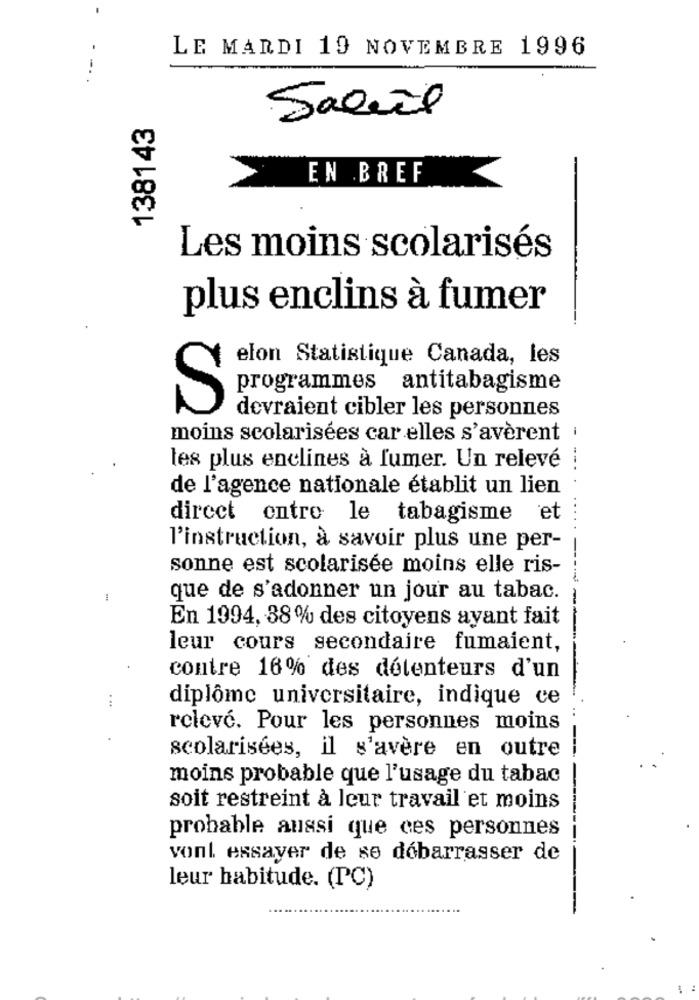
LE MARDI 19 NOVEMBRE 1996
138143
Saleil
EN BREF
Les moins scolarisés
plus enclins à fumer
elon Statistique Canada, les
programmes antitabagisme
S
devraient cibler les personnes
moins scolarisées car elles s'avèrent .
les plus enclines à fumer. Un relevé
de l'agence nationale établit un lien
direct entre le tabagisme et
l'instruction, à savoir plus une per-
sonne est scolarisée moins elle ris-
que de s'adonner un jour au tabac.
En 1994, 38% des citoyens ayant fait
leur cours secondaire fumaient,
contre 16% des détenteurs d'un
diplôme universitaire, indique ce
. ..
relevé. Pour les personnes moins
scolarisées, il s'avère en outre
moins probable que l'usage du tabac
soit restreint à leur travail et moins
probable aussi que ces personnes
vont essayer de se débarrasser de
leur habitude. (PC)